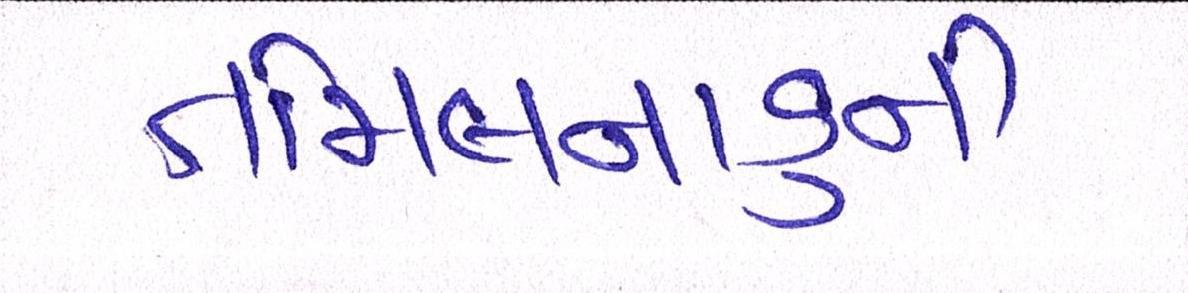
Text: તામિલનાડુની